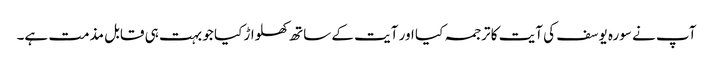
آپ نے سورہ یوسف کی آیت کا ترجمہ کیا اور آیت کے ساتھ کھلواڑ کیا جو بہت ہی قابل مذمت ہے۔